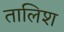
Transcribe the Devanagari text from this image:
तालिश